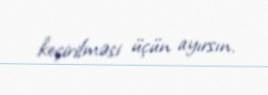
keçirilməsi üçün ayırsın.